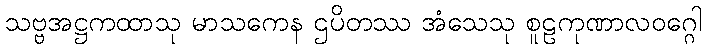
သဗ္ဗအဋ္ဌကထာသု မာသကေန ဌပိတဿ အံသေသု စူဠကုဏာလဝဂ္ဂေါ